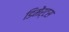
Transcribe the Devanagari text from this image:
डिमेंर्टस